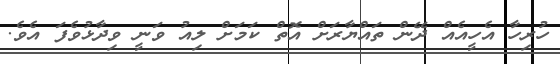
ހުރިހާ އެހީއެއް ދޭން ތައްޔާރަށް އޮތް ކަމަށް ލިއު ވަނީ ވިދާޅުވެފަ އެވެ.